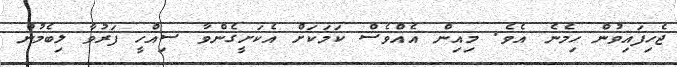
ޖެހިފައިވުން ހިމެނެ އެވެ. މިއިން އެއްވެސް ކަމަކަށް އެކަށީގެންވާ ސިއްހީ ފަރުވާ ލިބެމުން